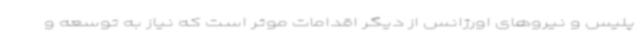
پلیس و نیروهای اورژانس از دیگر اقدامات موثر است که نیاز به توسعه و